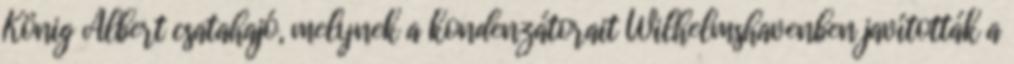
König Albert csatahajó, melynek a kondenzátorait Wilhelmshavenben javították a